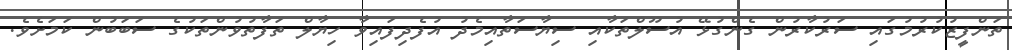
ތަންފީޒުކުރުމުގައި ސަރުކާރުން ގެންގުޅޭ އުސޫލްތަކާއި ސިޔާސަތާއިމެދު އުފެދިފައިވާ ހިޔާލް ތަފާތުވުންތަކުގެ ސަބަބުން ކަމަށެވެ.